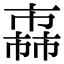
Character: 𢅈